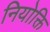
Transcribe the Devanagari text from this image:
नियोक्ति